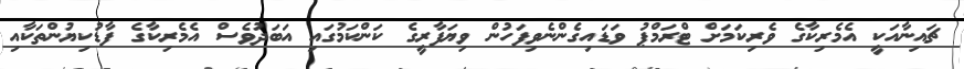
ޗައިނާއަކީ އެމެރިކާގެ ވެރިކަމަށް ޓްރަމްޕު ވަޑައިގެންނެވިފަހުން ވިޔަފާރީގެ ކަންކަމުގައި އަބަދުވެސް އެމެރިކާގެ ފާޑުކިޔުންތަކާއި